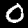
Digit: 0